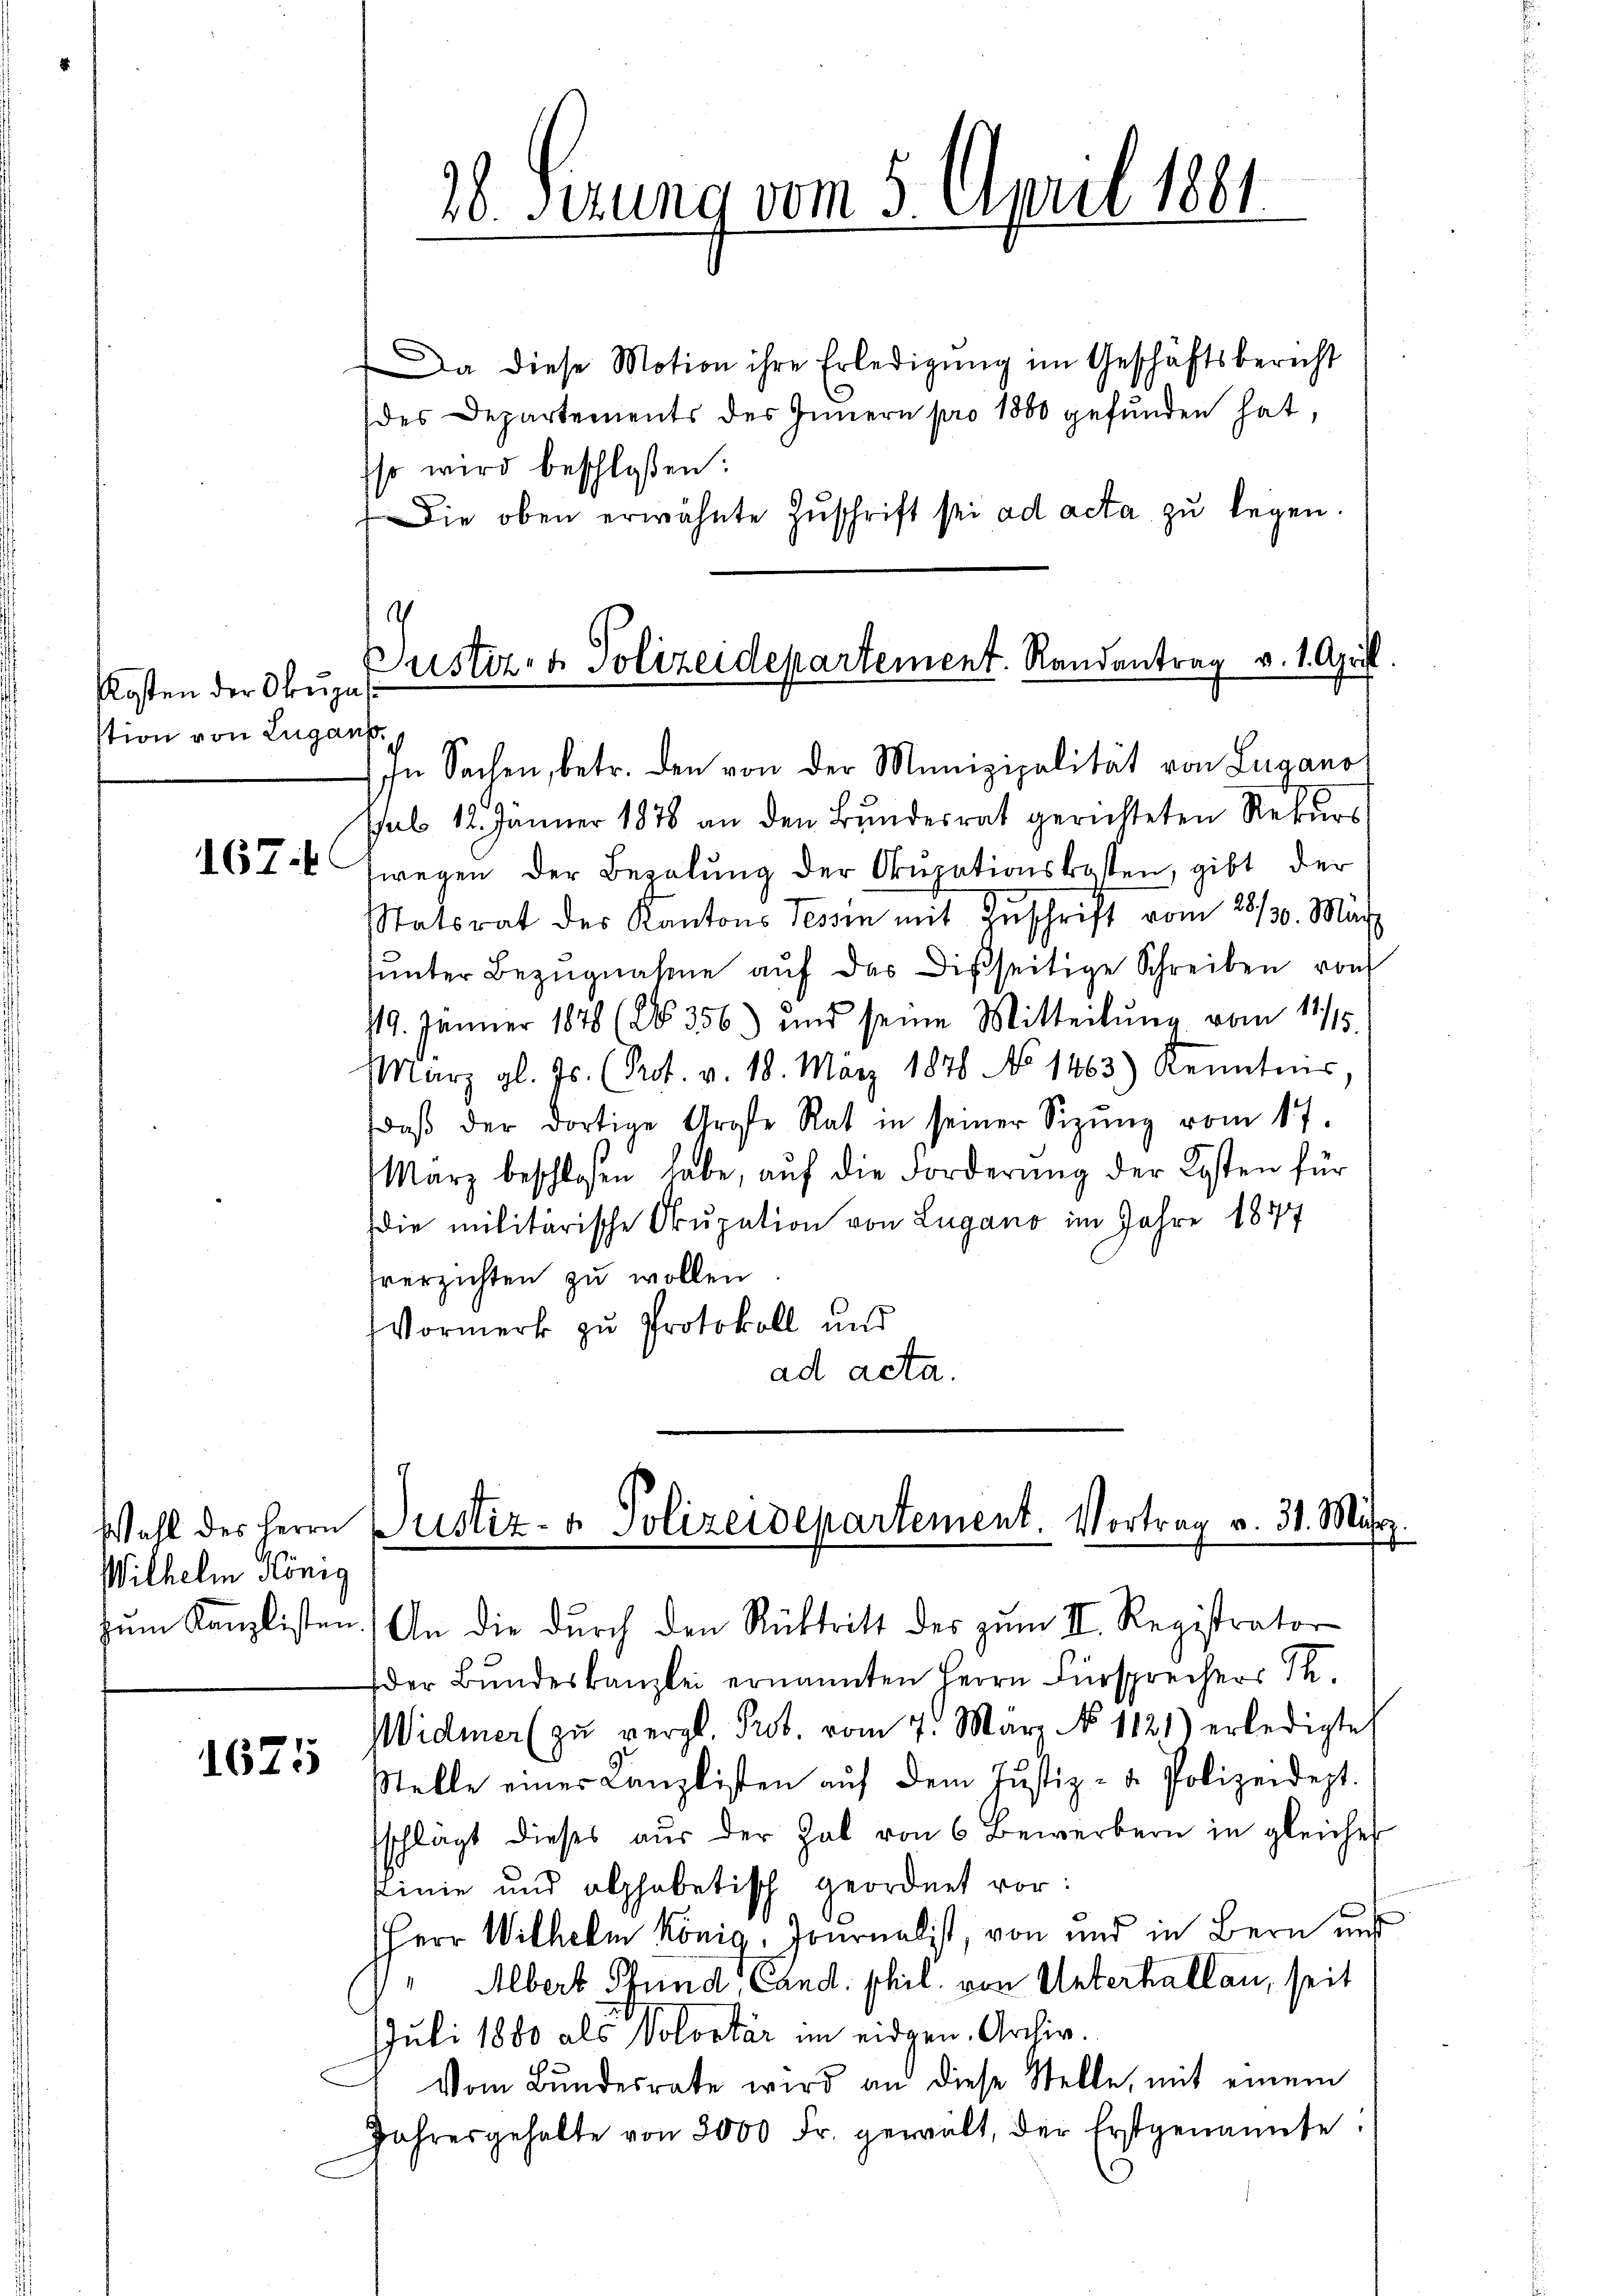
Kosten der Okugel
stion von Lugans.

167.

Wilhelm König

1625

In Sachen, betr. den von der Munizipalität von Lugano
sub 12. Jänner 1878 an den Bundesrat gerichteten Rekurs
wegen der Bezalung der Okupationskosten, gibt der
Statsrat des Kantons Tessin mit Zuschrift vom 28/30. März
sŭnter Bezŭgnahme aŭf das Disseitige Schreiben von
19. Jänner 1878 (20356) und seine Mitteilŭng vom 11/15.
März gl. Js. (Prot. v. 18. März 1878 No 1463) Kenntnis
daβ der dortige Große Rat in seiner Sizŭng vom 17.
März beschlossen habe, aŭf die Forderŭng der Kosten für
die militärische Okupation von Lugano im Jahre 1847
sverzichten zu wollen
Vormerk zu Protokoll und
ad acta.

Da diese Motion ihre Erledigŭng im Geschäftsbericht
des Departements des Innern pro 1800 gefunden hat,
iso wird beschloßen:
Die oben erwähnte Zŭschrift sei ad acta zu legen.

28. Serung vom 5. April 1861

Custiz- & Polizeidepartement. Randantrag v. 1. April

Wohl des Herrn Zustiz- & Polizeidepartement. Vortrag v. 31. Mär

zum Kanzlisten. An die durch den Rücktritt des zum II. Registrator
der Bundeskanzlei ernannten Herrn Fürsprechers Th.
Widmer (zu vergl. Prot. vom 7. März No 1121) erledigte
Stelle eines Kanzlisten auf dem Justiz- u. Polizeidept.
sschlägt dieses aŭs der hab von 6 Bewerbern in gleiches
slinie und alphabetisch geordnet vor:
HHerr Wilhelm Konia, Tournalist, von und in Bern uns
Albert Pfund, Cand. phil. von Unterhallen, seit
Juli 1880 als Volontär im eidgen. Archiv.
Vom Bundesrate wird an diese Stelle, mit einem
Jahresgehalte von 3000 Fr. gewalt, der Erstgenannte.